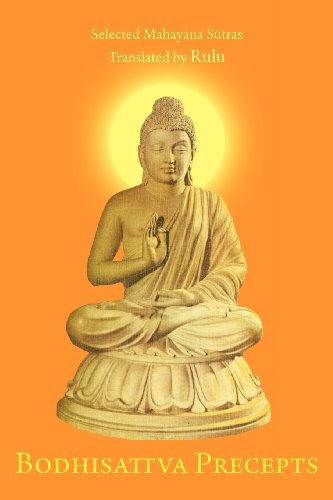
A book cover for Bodhisattva Precepts; Rulu; Religion & Spirituality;